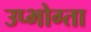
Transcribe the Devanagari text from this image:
उप्भोग्ता